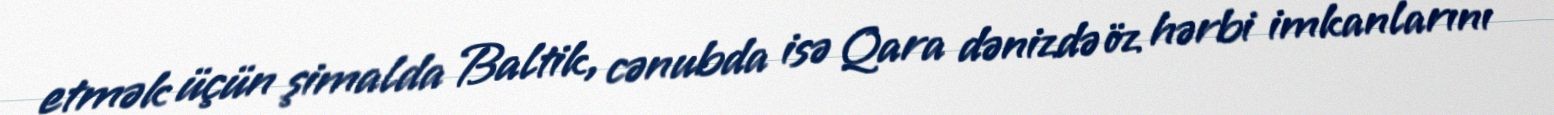
etmək üçün şimalda Baltik, cənubda isə Qara dənizdə öz hərbi imkanlarını